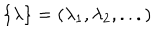
\{ \lambda \} = ( \lambda _ { 1 } , \lambda _ { 2 } , . . . )